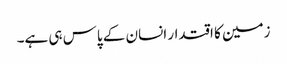
زمین کا اقتدار انسان کے پاس ہی ہے۔